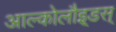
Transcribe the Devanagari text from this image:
आल्कोलौइ्डस्